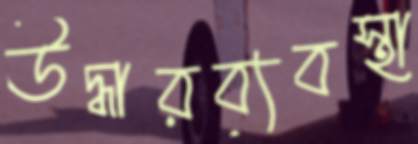
উদ্ধারব্যবস্থা